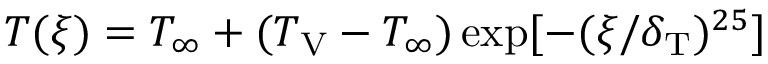
T ( \xi ) = T _ { \infty } + ( T _ { \mathrm { V } } - T _ { \infty } ) \exp [ - ( \xi / \delta _ { \mathrm { T } } ) ^ { 2 5 } ]